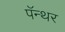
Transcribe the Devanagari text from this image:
पॅन्थर